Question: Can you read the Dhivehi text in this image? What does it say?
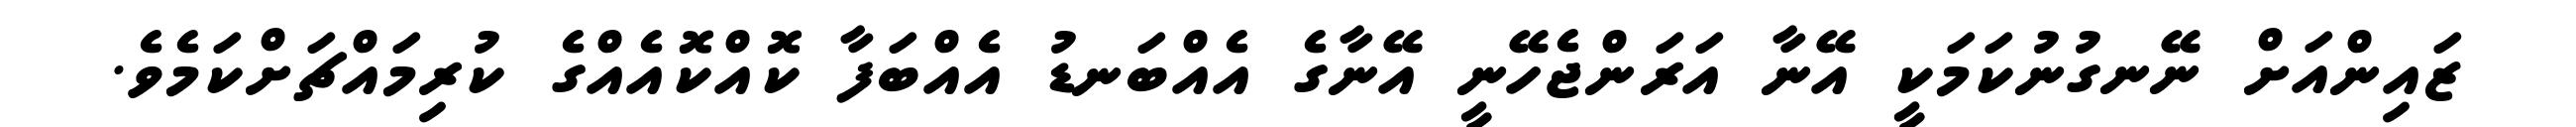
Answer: ޒައިންއަށް ނޭނގުނުކަމަކީ އޭނާ އަރަންޖެހޭނީ އޭނާގެ އެއްބަނޑު އެއްބަފާ ކޮއްކޮއެއްގެ ކުރިމައްޗަށްކަމެވެ.